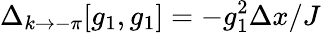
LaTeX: \Delta_{k\to-\pi}[g_{1},g_{1}]=-g_{1}^{2}\Delta x/J